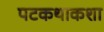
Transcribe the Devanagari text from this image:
पटकथाकशा